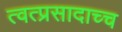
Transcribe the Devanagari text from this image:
त्वत्प्रसादाच्च